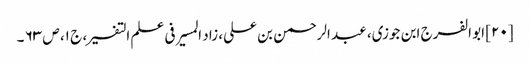
[۲۰] ابو الفرج ابن جوزی، عبد الرحمن بن علی، زاد المسیر فی علم التفسیر، ج ۱، ص ۶۳ ۔